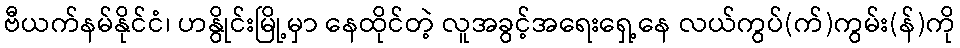
ဗီယက်နမ်နိုင်ငံ၊ ဟနွိုင်းမြို့မှာ နေထိုင်တဲ့ လူအခွင့်အရေးရှေ့နေ လယ်ကွပ်(က်)ကွမ်း(န်)ကို